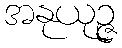
အနုယုဉ္ဇ